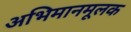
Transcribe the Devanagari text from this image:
अभिमानमूलक